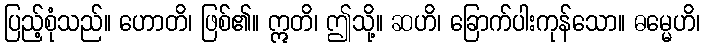
ပြည့်စုံသည်။ ဟောတိ၊ ဖြစ်၏။ ဣတိ၊ ဤသို့။ ဆဟိ၊ ခြောက်ပါးကုန်သော။ ဓမ္မေဟိ၊